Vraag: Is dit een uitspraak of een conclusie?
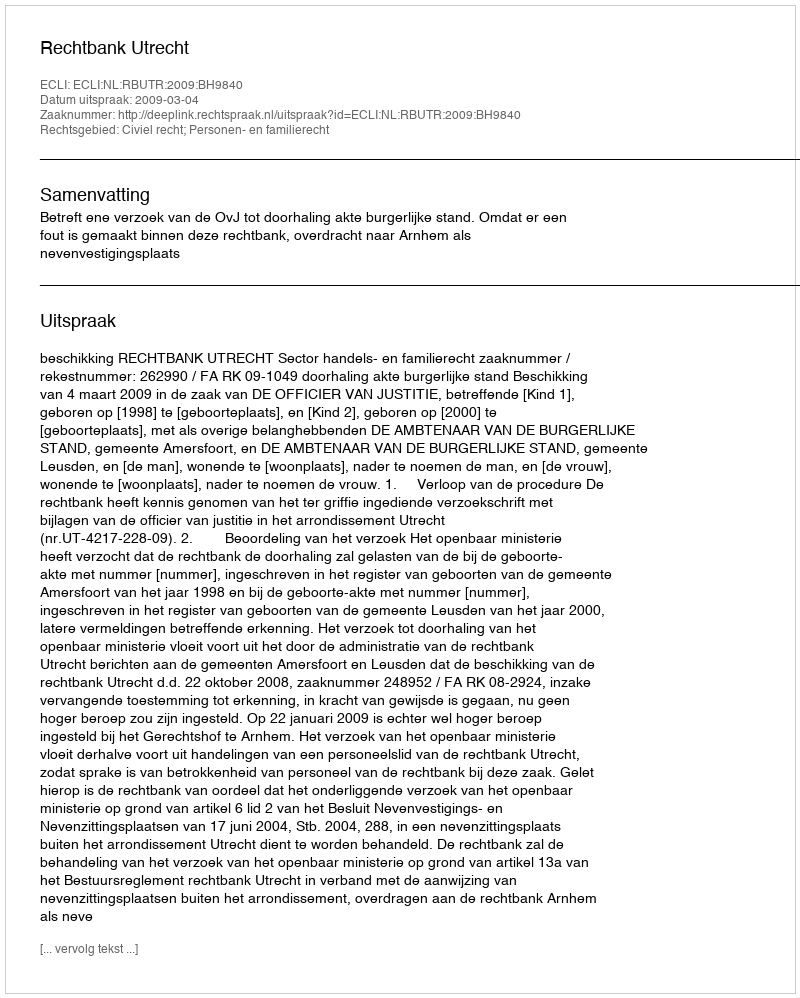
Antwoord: Uitspraak